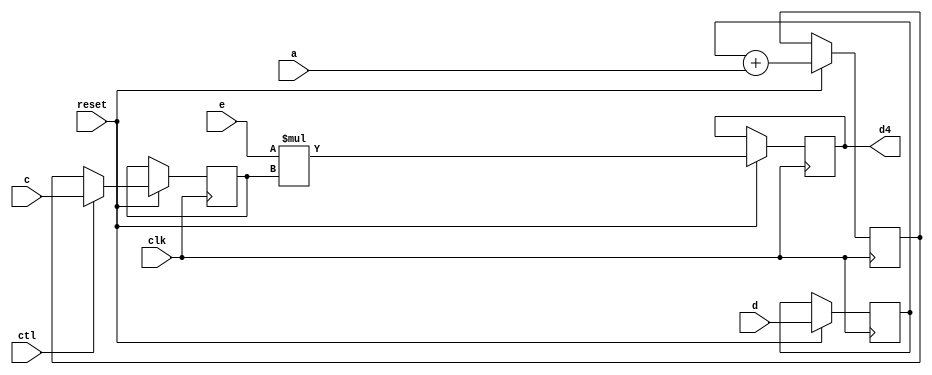
`timescale 1 ns/1 ns


module pipeline( d, clk, reset, a, c, e, ctl ,d4);
	input   [7:0] d, e , a, c;
	input   clk, reset, ctl;
    output  [15:0] d4;
	
    reg		[15:0] d4;
	reg		[7:0] d1, d2, d3;
	
	always@(posedge clk or negedge reset)
	begin
		if(!reset)
			d1 <= d1;
		else
			d1 <= d;
	end
	
	always@(posedge clk or negedge reset)
	begin
		if(!reset)
			d2 <= d2;
		else
			d2 <= d1+a;
	end
	
	always@(posedge clk or negedge reset)
	begin
		if(!reset)
			d3 <= d3;
		else if(ctl==1'b1)
			d3 <= c;
			else
			d3 <= d2;			
	end
	
	always@(posedge clk or negedge reset)
	begin
		if(!reset)
			d4 <= d4;
		else 
			d4 <= e*{8'h00,d3};
						
	end
	
endmodule